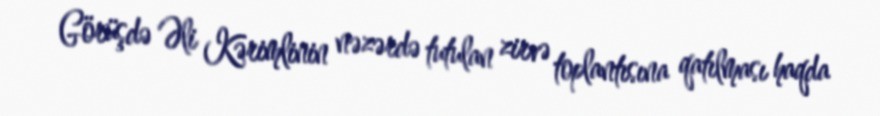
Görüşdə Əli Kərimlinin nəzərdə tutulan zirvə toplantısına qatılması haqda